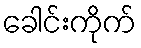
ခေါင်းကိုက်